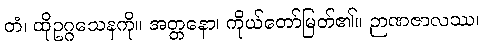
တံ၊ ထိုဥဂ္ဂသေနကို။ အတ္တနော၊ ကိုယ်တော်မြတ်၏။ ဉာဏဇာလဿ၊